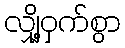
လျှို့ဝှက်စွာ